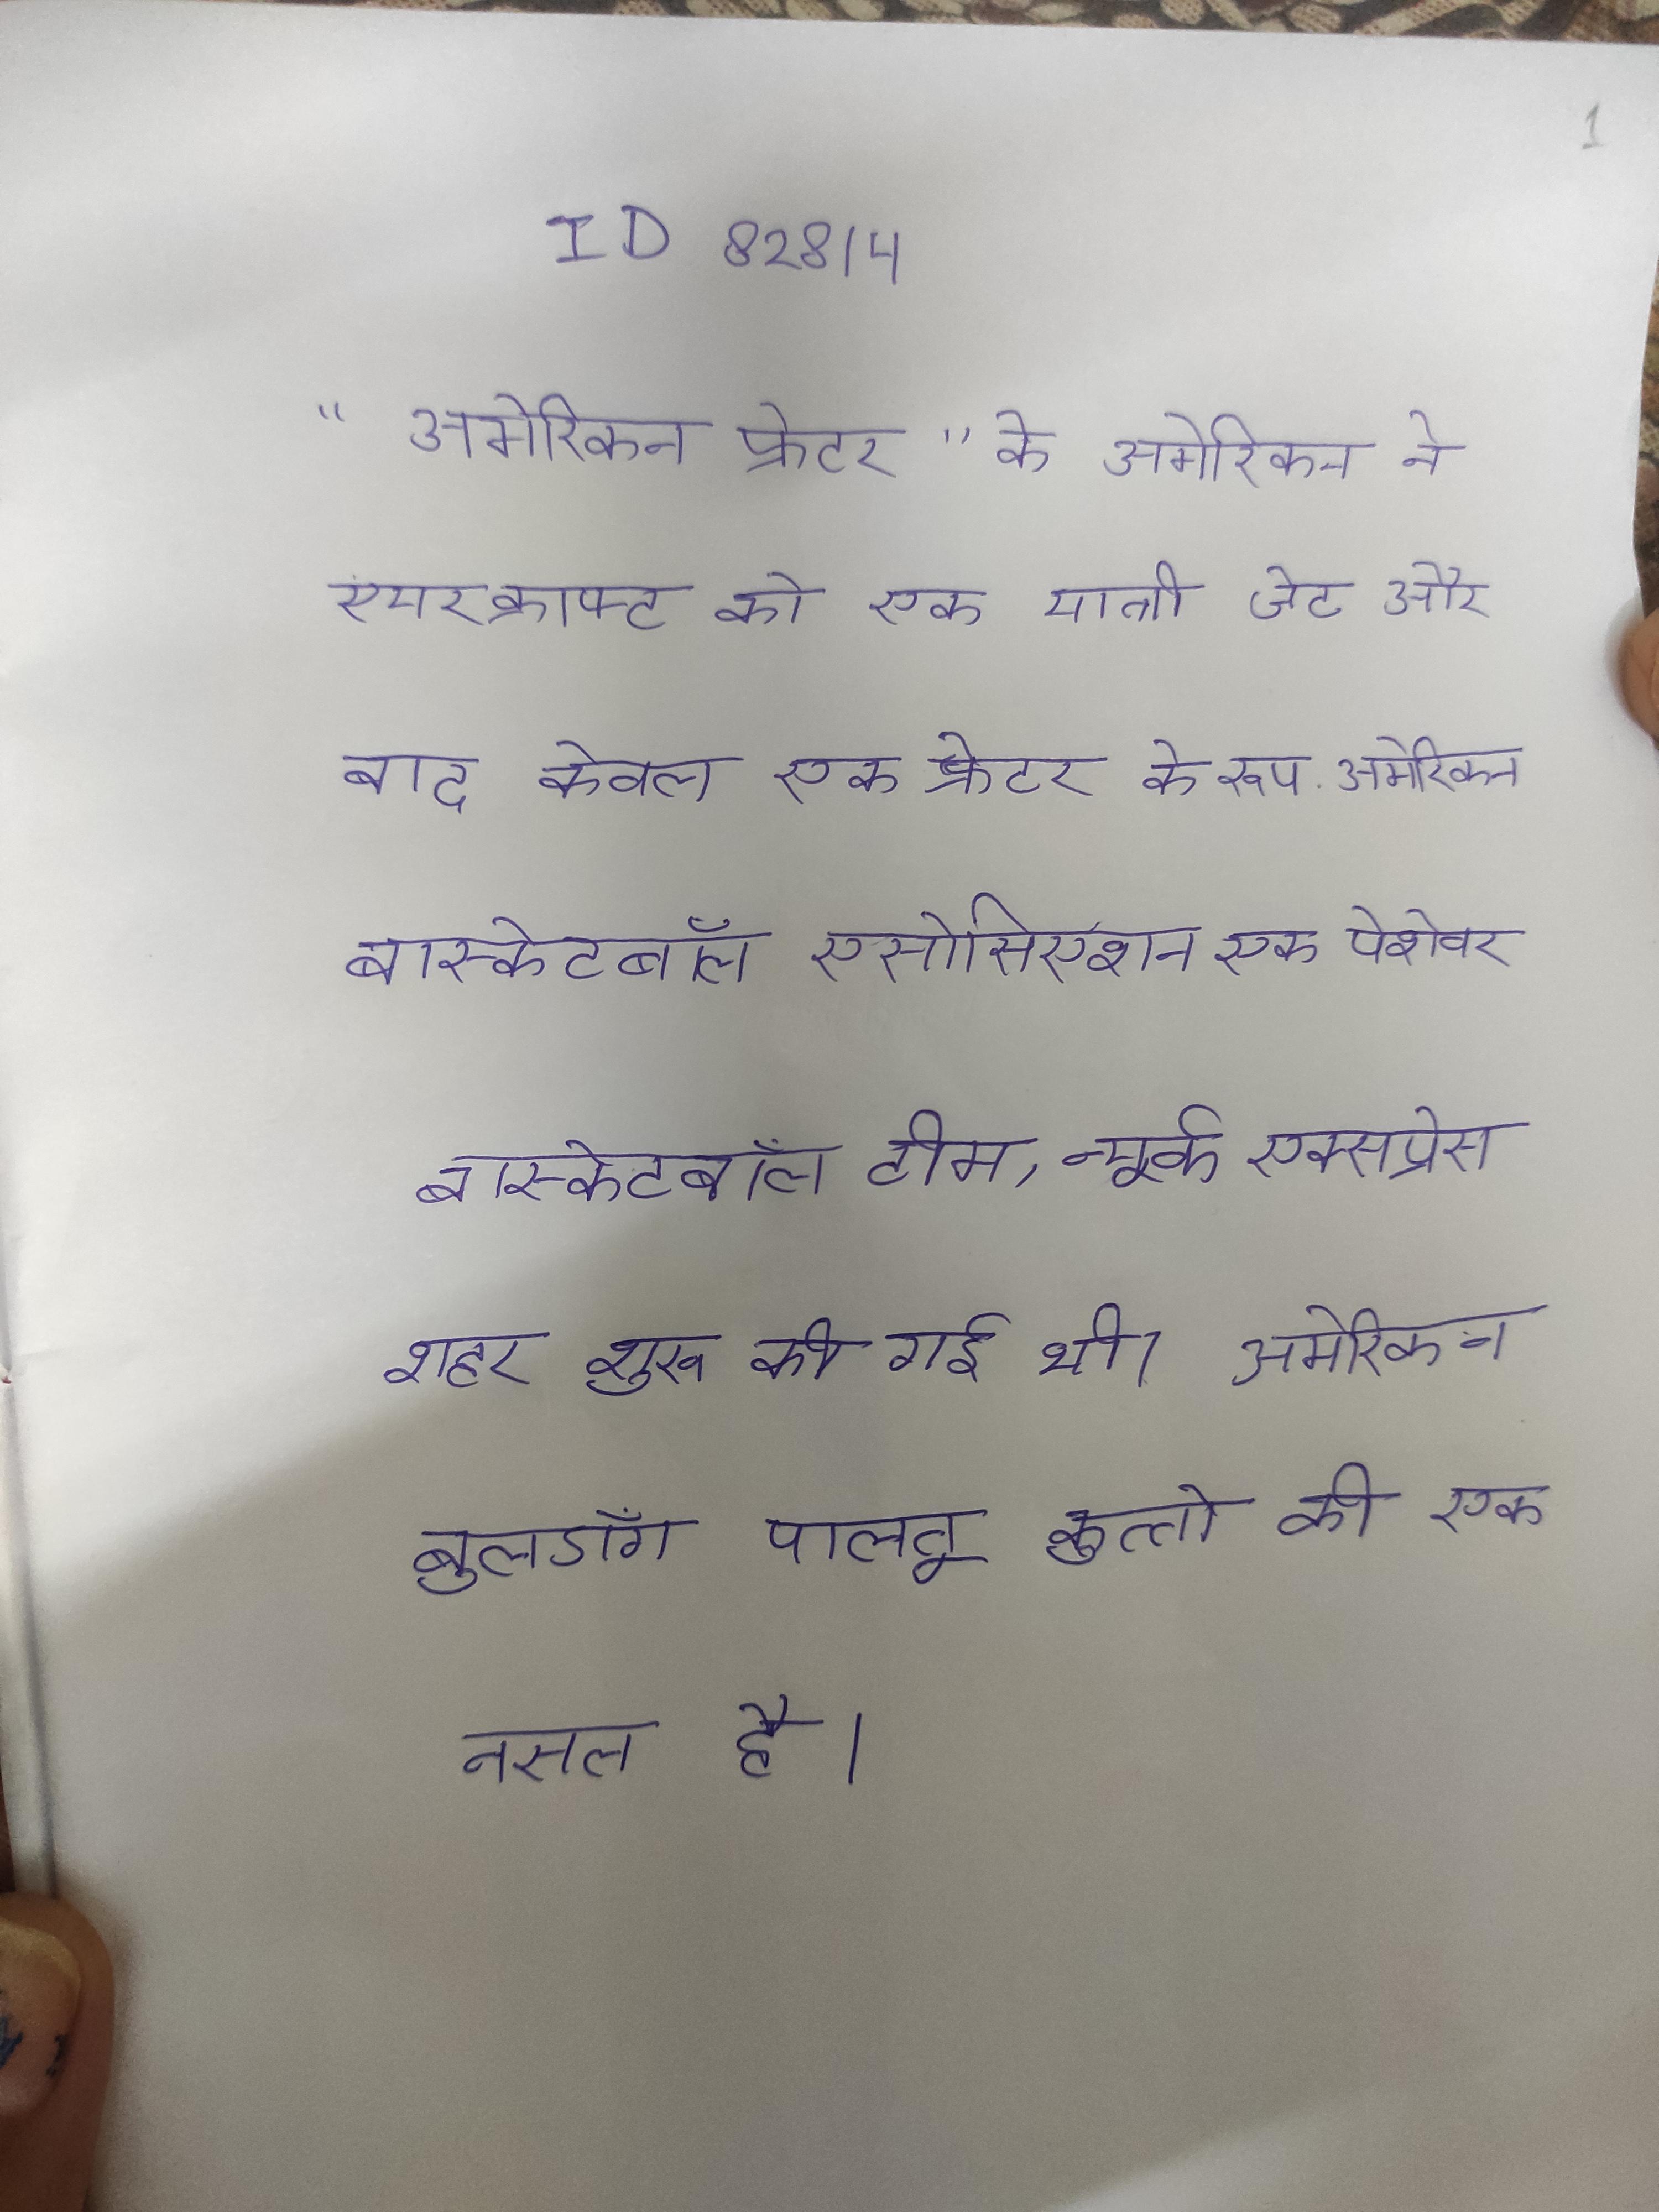
"अमेरिकन फ्रेटर" के अमेरिकन ने एयरक्राफ्ट को एक यात्री जेट और बाद केवल एक फ्रेटर के रूप . अमेरिकन बास्केटबॉल एसोसिएशन एक पेशेवर बास्केटबॉल टीम, न्यूर्क एक्सप्रेस शहर शुरू की गई थी । अमेरिकन बुलडॉग पालतू कुत्तो की एक नसल है ।